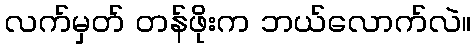
လက်မှတ် တန်ဖိုးက ဘယ်လောက်လဲ။